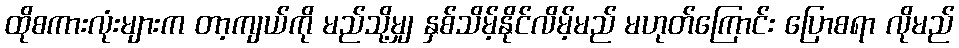
ထိုစကားလုံးများက တာ့ကျယ်ကို မည်သို့မျှ နှစ်သိမ့်နိုင်လိမ့်မည် မဟုတ်ကြောင်း ပြောစရာ လိုမည်